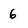
Character: 6